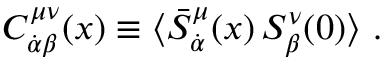
C _ { \dot { \alpha } \beta } ^ { \mu \nu } ( x ) \equiv \langle \bar { S } _ { \dot { \alpha } } ^ { \mu } ( x ) \, S _ { \beta } ^ { \nu } ( 0 ) \rangle \ .